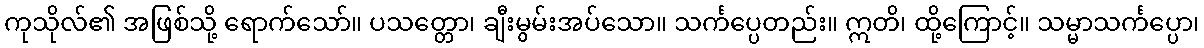
ကုသိုလ်၏ အဖြစ်သို့ ရောက်သော်။ ပသတ္တော၊ ချီးမွမ်းအပ်သော။ သင်္ကပ္ပေတည်း။ ဣတိ၊ ထို့ကြောင့်။ သမ္မာသင်္ကပ္ပော၊